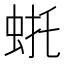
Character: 𫊴